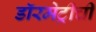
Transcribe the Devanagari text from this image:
डॉरमेट्रीची